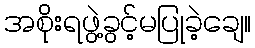
အစိုးရဖွဲ့ခွင့်မပြုခဲ့ချေ။